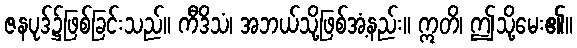
ဇနပုဒ်၌ဖြစ်ခြင်းသည်။ ကီဒိသံ၊ အဘယ်သို့ဖြစ်အံ့နည်း။ ဣတိ၊ ဤသို့မေး၏။